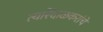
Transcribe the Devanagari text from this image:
त्यारेंदाळकरांचे